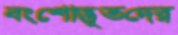
বংশোদ্ভূতদের